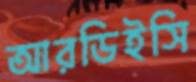
আরডিইসি